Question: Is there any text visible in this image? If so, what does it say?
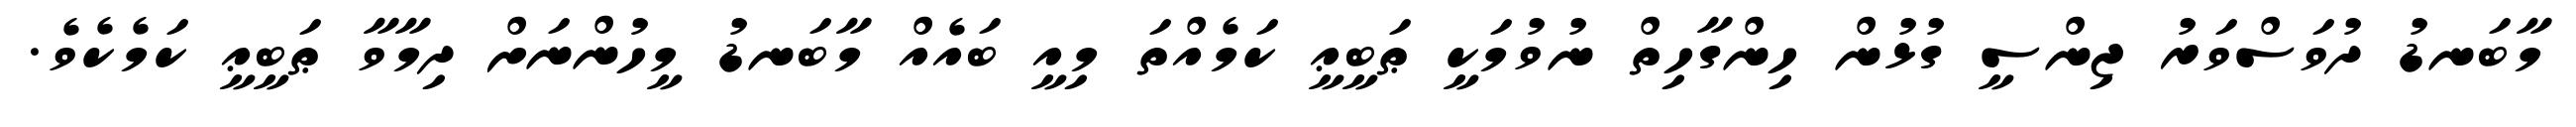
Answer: މާބަނޑު ދުވަސްވަރު ޖިންސީ ގުޅުން ހިންގާހިތް ނުވުމަކީ ޠަބީޢީ ކަމެއްތަ މިއީ ބައެއް މާބަނޑު މީހުންނަށް ދިމާވާ ޠަބީޢީ ކަމެކެވެ.